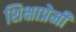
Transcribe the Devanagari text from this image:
शिक्षाप्रेमी